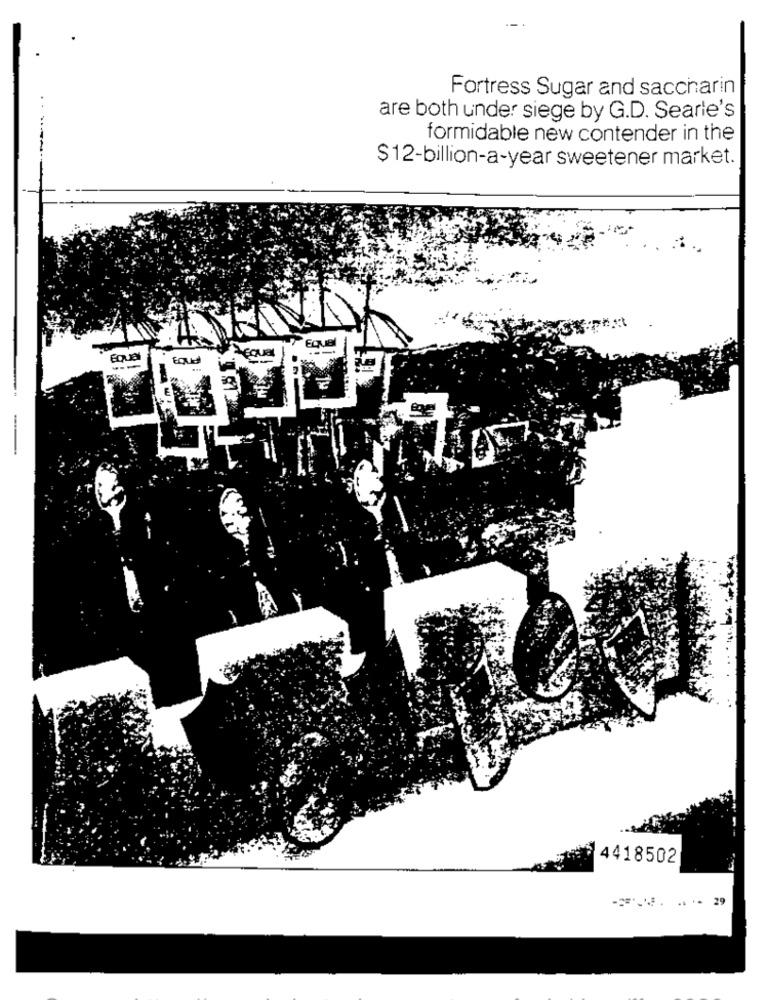
Fortress Sugar and saccharin
are both under siege by G.D. Searle's
formidable new contender in the
$12-billion-a-year sweetener market.
EQUEI
---
4418502
29